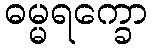
ဓမ္မရက္ခော